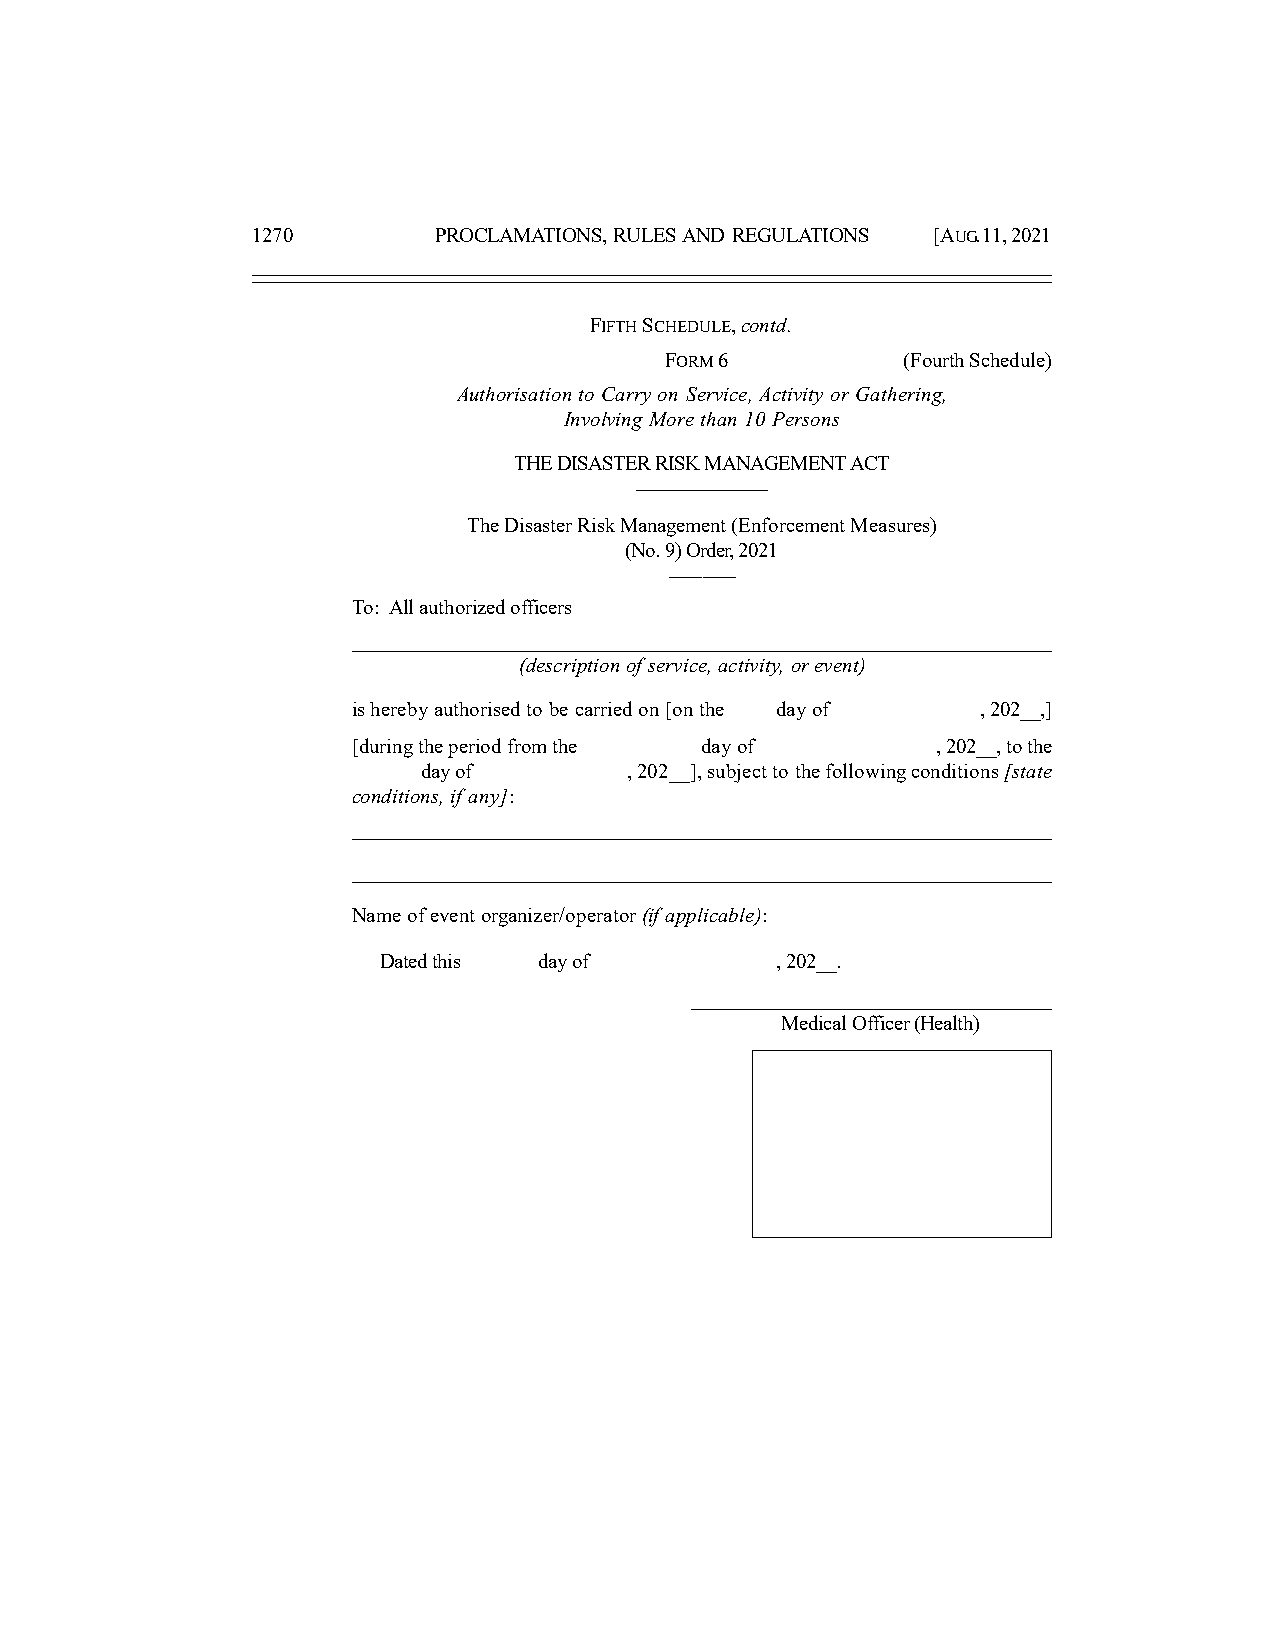
1270        PROCLAMATIONS, RULES AND REGULATIONS [AUG. 11, 2021
 FIFTH SCHEDULE, contd.
 FORM 6          (Fourth Schedule)
 Authorisation to Carry on Service, Activity or Gathering,
 Involving More than 10 Persons
 THE DISASTER RISK MANAGEMENT ACT
 ––––––––––––
 The Disaster Risk Management (Enforcement Measures)
 (No. 9) Order, 2021
 ––––––
 To: All authorized officers
 _______________________________________________________________________
 (description of service, activity, or event)
 is hereby authorised to be carried on [on the day of , 202__,]
 [during the period from the day of     , 202__, to the
 day of        , 202__], subject to the following conditions [state
 conditions, if any]:
 ________________________________________________________________________________________________________________________________________________________________________________________________________________________________________________________________________________
 ________________________________________________________________________________________________________________________________________________________________________________________________________________________________________________________________________________
 Name of event organizer/operator (if applicable):
 Dated this day of         , 202__.
 _________________________________
 Medical Officer (Health)
 Stamp or Seal